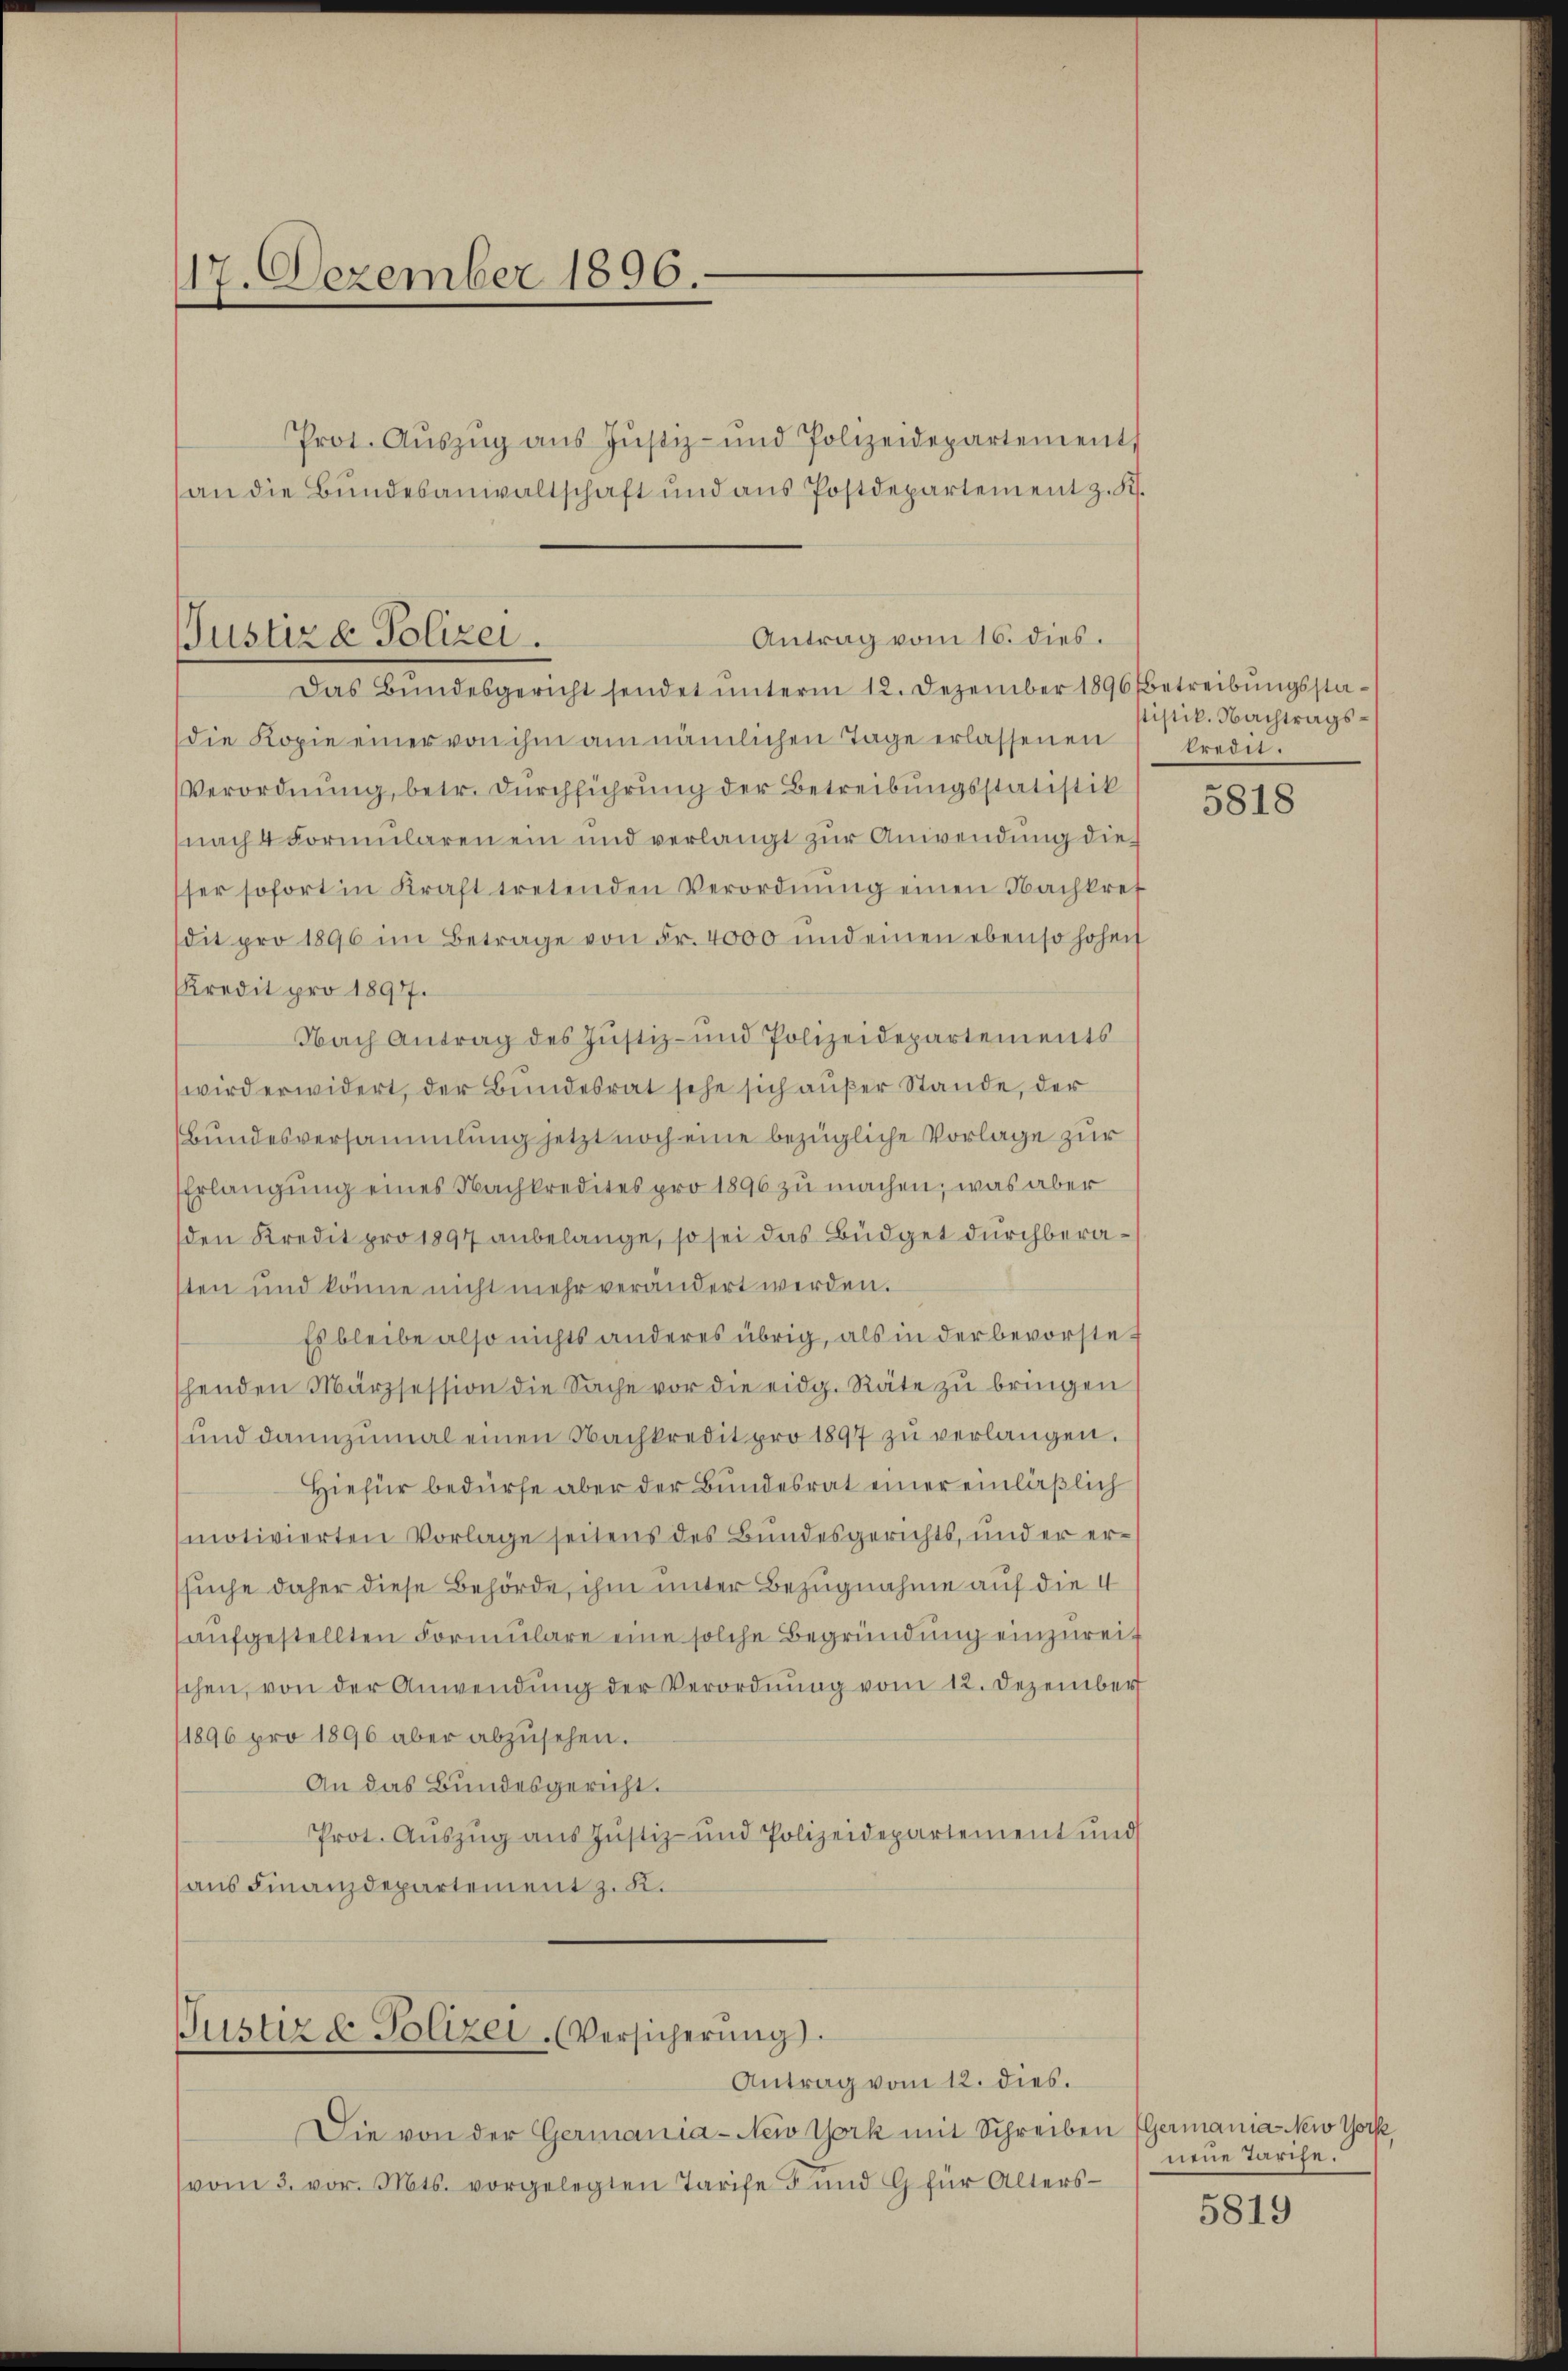
17. Dezember 1896.
Prot. Aŭszŭg aŭs Jŭstiz- und Polizeidepartement
an die Bundesanwaltschaft und aus Postdepartement z. K.

Antrag vom 16. dies.
Justiz & Polizei.
Das Bundesgericht sendet ŭnterm 12. Dezember 1896 Betreibŭngssta¬

die Kopie einer von ihm am nämlichen Tage erlassenen
Verordnung, betr. Durchführung der Betreibungsstatistik
(nach 4 Formularen ein und verlangt zur Anwendung die
sser sofort in Kraft tretenden Verordnŭng einen Nachkref
dit pro 1896 im Betrage von Fr. 4000 und einen ebenso hoheit
Kredit pro 1897.
Nach Antrag des Jŭstiz- und Polizeidepartements
wird erwidert, der Bundesrat sehe sich außer Stande, der
Bundesversammlung jetzt noch eine bezügliche Vorlage zur
Erlangung eines Nachkredites pro 1896 zu machen, was aber
den Kredit pro 1897 anbelange, so sei das Büdget durchberasten und könne nicht mehr verändert werden.
Es bleibe also nichts anderes übrig, als in der bevorstet
shenden Märzsession die Sache vor die eidg. Räte zu bringen
und dannzumal einen Nachkredit pro 1897 zu verlangen.
Hiefür bedürfe aber der Bundesrat einer einläßlich
motivierten Vorlage seitens des Bundesgerichts, und er erssuche daher diese Behörde, ihm unter Bezugnahme auf die 4
aufgestellten Formulare eine solche Begründung einzureischen, von der Anwendung der Verordnung vom 12. Dezember
/1896 pro 1896 aber abzŭsehen.
An das Bundesgericht.
Prot. Aŭszŭg ans Jŭstiz- und Polizeidepartement und
aus Finanzdepartement z. K.

Justiz & Polizei. (Versicherŭng.
Antrag vom 12. dies.

Die von der Germania-New York mit Schreiben (Germania Neiv York,
vom 3. vor. Mts. vorgelegten Tarife 3 und G für Alters-

sistik. Nachtragstredit.

5818

neue Tarife.

5819